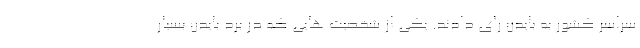
سراسر کشور به بایدن رای دادند. یکی از شخصیت هایی که در برد بایدن بسیار